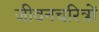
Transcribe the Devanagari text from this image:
जीवनचरित्रों